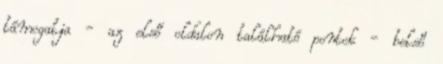
támogatja - az első oldalon található pontok - belső